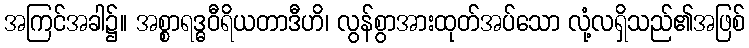
အကြင်အခါ၌။ အစ္စာရဒ္ဓဝီရိယတာဒီဟိ၊ လွန်စွာအားထုတ်အပ်သော လုံ့လရှိသည်၏အဖြစ်